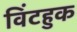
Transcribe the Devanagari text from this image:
विंटहुक